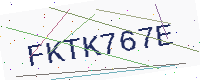
Text: FKTK767E